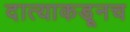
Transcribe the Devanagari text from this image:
दात्याकडूनच